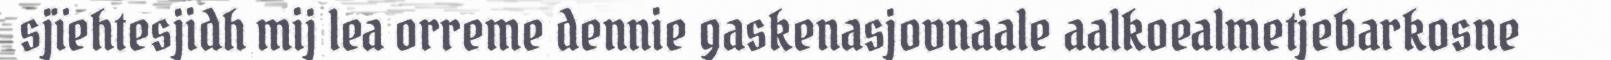
sjïehtesjidh mij lea orreme dennie gaskenasjovnaale aalkoealmetjebarkosne